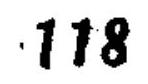
\(118\)